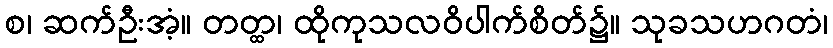
စ၊ ဆက်ဦးအံ့။ တတ္ထ၊ ထိုကုသလဝိပါက်စိတ်၌။ သုခသဟဂတံ၊